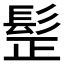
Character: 𩬧